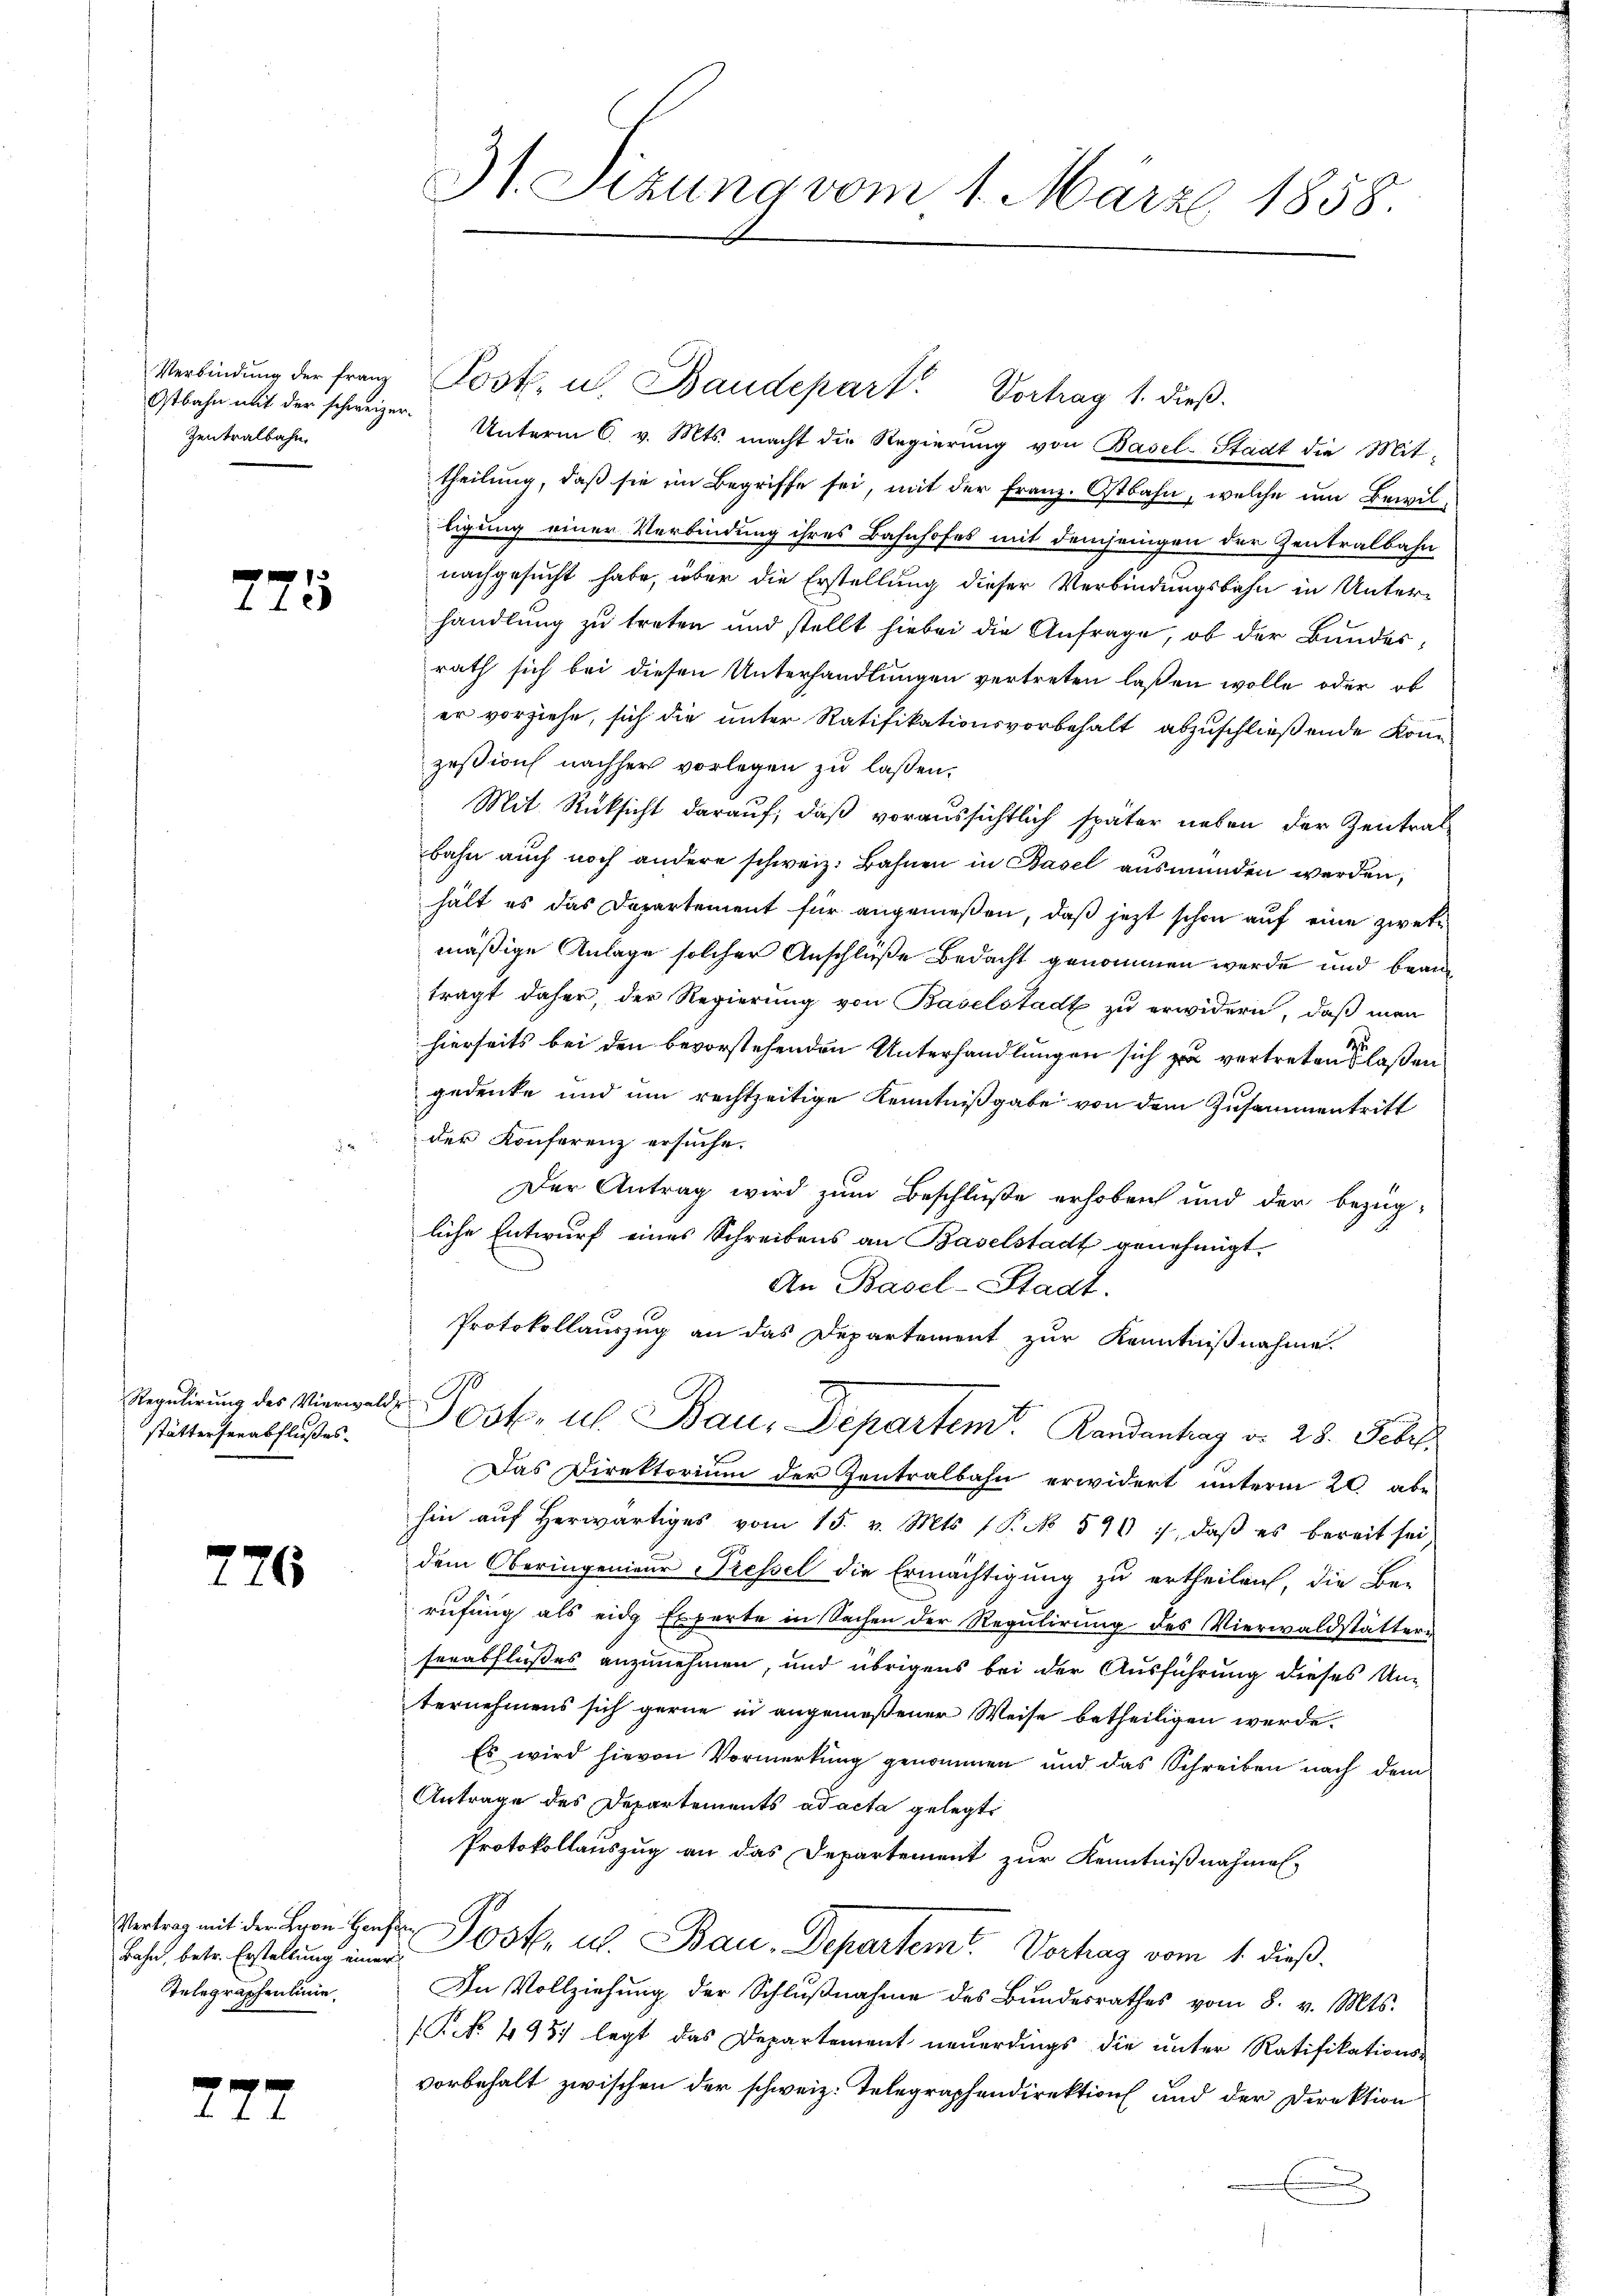
Ostbahn mit der schweizer¬
Zentralbahn.

725

Regulirung des Vierwalde
stätterserabflußes.

276

Bahn, betr. Erstellung einer
Telegraphenlinie

277

Unterm 6. v. Mts. macht die Regierŭng von Basel-Stadt die Mit-
theilung, daß sie im Begriffe sei, mit der Franz. Ostbahn, welche um Bewilligung einer Verbindung ihres Bahnhofes mit demjenigen der Zentralbahn
nachgesucht habe, über die Erstellung dieser Verbindungsbahn in Unterhandlung zu treten und stellt hiebei die Anfrage, ob der Bundesrath sich bei diesen Unterhandlungen vertreten laßen wolle oder ob
er vorziehe, sich die unter Ratifikationsvorbehalt abzuschließende Komzeßion nachher vorlegen zu laßen,
Mit Rücksicht darauf, daß voraussichtlich später neben der Zentral-
bahn auch noch andere schweiz. Bahnen in Basel ausmünden werden,
hält es das Departement für angenießen, daß jetzt schon auf eine zwekmäßige Anlage solcher Anschlüße Bedacht genommen werde und beanträgt daher, der Regierung von Baselstadt zu erwidern, daß man
2
hierseits bei den bevorstehenden Unterhandlungen sich zu vertreten laßen
gedenke und um rechtzeitige Kenntnißgabe von dem Zusammentritt
der Konferenz ersuche.
Der Antrag wird zum Beschluße erhoben und der bezügliche Entwurf eines Schreibens an Baselstadt genehmigt.
An Basel-Stadt.
Protokollauszug an das Departement zur Kenntnißnahme.
10st. u. Bau, Departemt. Randantrag v. 28. Febr.
Das Direktorium der Zentralbahn erwidert unterm 20. abe
hin aŭf herwärtiges vom 15. v. Mts. (T. No 590, daβ es bereit sei
dem Oberingenieur Pressel die Ermächtigung zu ertheilen, die Be-
rufung als eidg Experte in Sachen der Regulirung des Vierwaldstättern
serabflußes anzunehmen, und übrigens bei der Ausführung dieses Unternehmens sich gerne in angemeßener Weise betheiligen werde.
Es wird hievon Vormerkŭng genommen und das Schreiben nach dem
Antrage des Departements ad acta gelegt
Protokollauszug an das Departement zur Kenntnißnahmen
Vertrag mit der von Hans Post u. Bau-Departem Verhag vom 1. dieß
In Vollziehung der Schlŭβnahme des Bŭndesrathes vom 8. v. Mts.
(P No. 4957 legt das Departement neuerdings die unter Ratifikations-
vorbehalt zwischen der schweiz. Telegraphendirektion und der Direktion
.

3t. Sizung vom 1. März 1858.

Verbindŭng der Franz Post, u. Baudepart. Vortrag 1. dieβ.